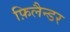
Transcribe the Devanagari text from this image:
फ़िलैन्डर